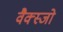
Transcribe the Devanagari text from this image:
वैक्स्जो